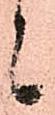
候